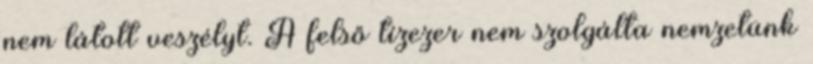
nem látott veszélyt. A felső tízezer nem szolgálta nemzetünk